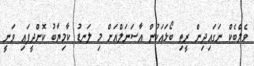
ވެލްބެކް ނަގައިދިން ރީތި ބޯޅައަކުން އާސަނަލްއަށް މި ލަނޑު ކާމިޔާބު ކޮށްދީފައި ވަނީ